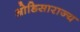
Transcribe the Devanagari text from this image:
ओडिसाराज्य